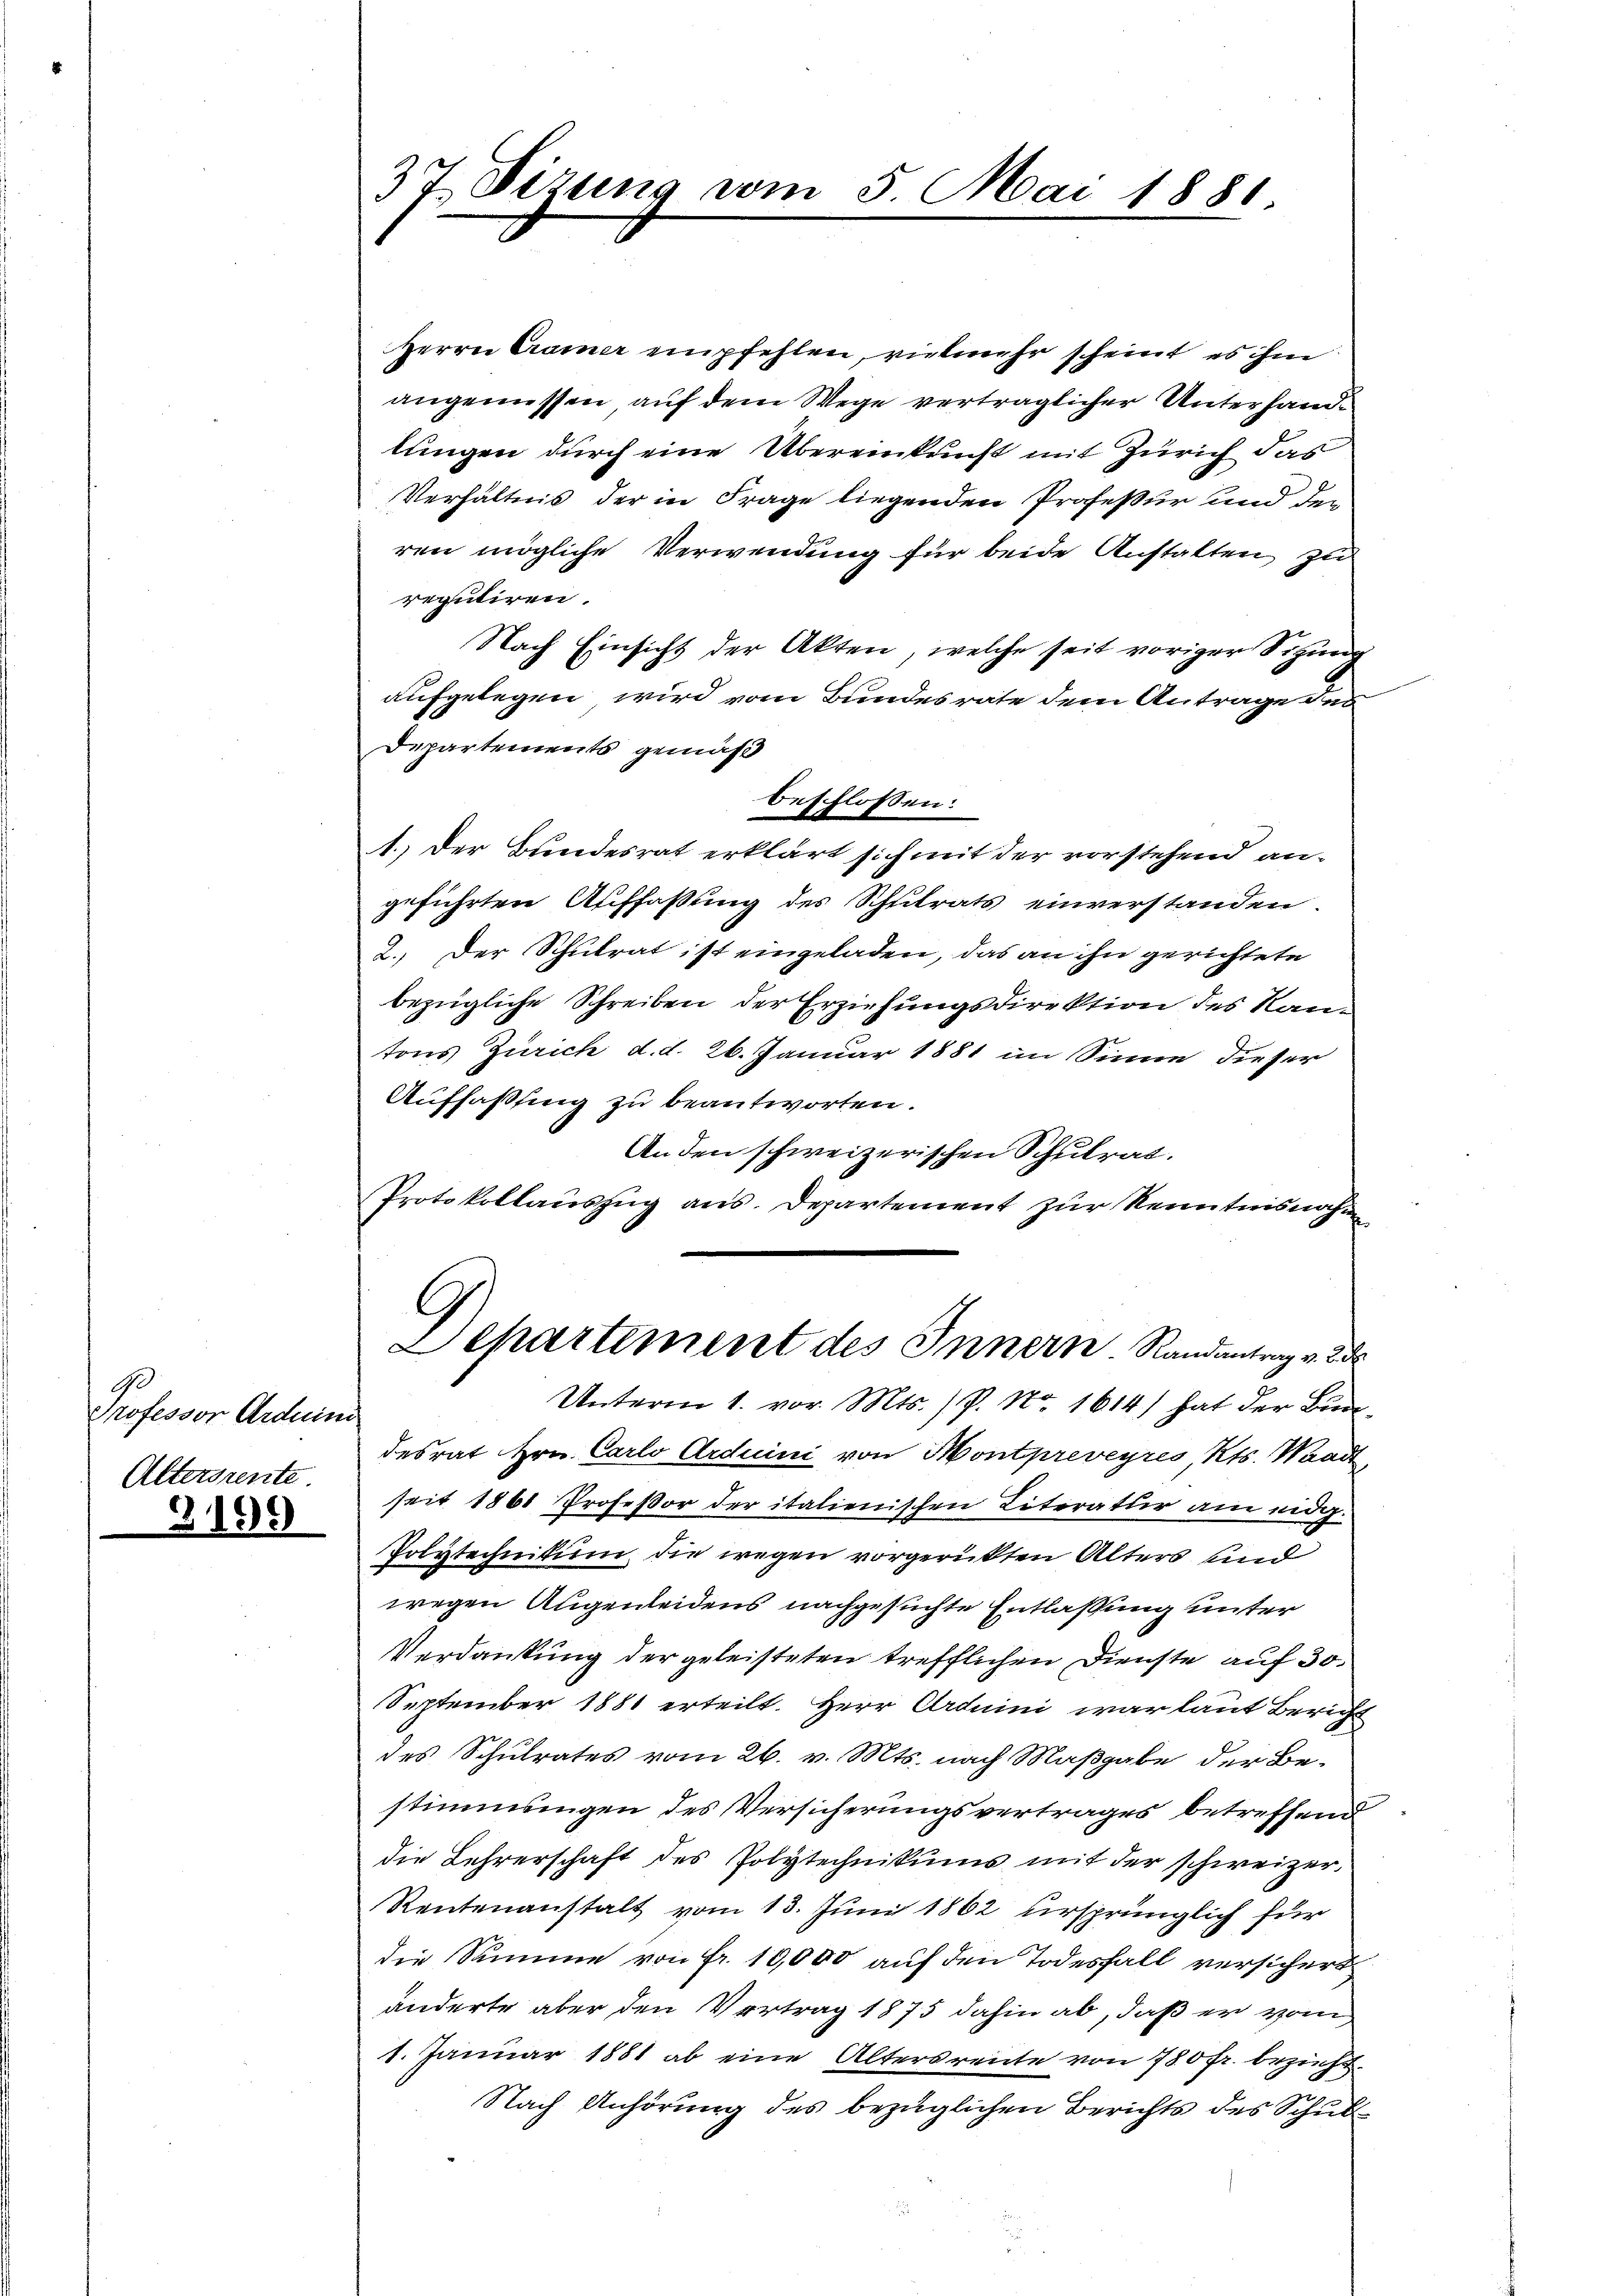
Professor Arduini
Altersrente

3199

37 Sizung vom 5. Mai 1881

Herrn Cramer empfehlen, vielmehr scheint, es ihm
angemessen auf dem Wege verträglicher Unterhandlungen durch eine Übereinkunft mit Zürich das
Verhältnis der in Frage liegenden Professur und der
ren mögliche Verwendung für beide Anstalten zu
reputiren.
Nach Einsicht der Akten, welche seit voriger Sitzung
aufgelegen wird vom Bundesrate dem Antrage des
Departements gemäß
1. Der Bundesrat erklärt sich mit der vorstehend angeführten Auffaßung des Schltrats einverstanden.
2. Der Schulrat ist eingeladen, das an ihn gerichtete
bezügliche Schreiben der Erziehungsdirektion des Kantons Zürich d. d. 26. Januar 1881 im Sinne dieser
Auffaßung zu beantworten.
Anden schweizerischen Schulrat.
Protokollauszug aus. Departement zur Kenntnisnahmen
G
Departement des Innern Randantrag v. 2 d
Unterm 1. vor. Mts. ) P. Nr. 1614) hat der Bun
desrat Hrn. Carlo Arduini von Montpreveyres Kts. Waad
seit 1861 Profeßor der italienischen Literatur am eidg.
Polytechnikum die wegen vorgerückten Alters und
wegen Augenleidens nachgesuchte Entlassung unter
Verdankung der geleisteten trefflichen Dienste auf 30.
September 1881 erteilt. Herr Arduini war laut Bericht
des Schulrates vom 26. v. Mts. nach Maßgabe der Bestimmungen des Versicherungsvertrages betreffend
die Lehrerschaft des Polytechnikums mit der schweizer,
Rentenanstalt vom 13. Juni 1862 ursprünglich für
die Summe von fr. 10,000 auf den Todesfall versichert
änderte aber den Vertrag 1875 dahin ab, daß er von
1. Januar 1881 ab eine Altersreiche von 780 fr. bezieht.
Nach Anhörung des bezüglichen Berichts des Schul¬

beschlossen: